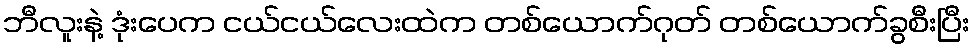
ဘီလူးနဲ့ ဒုံးပေက ငယ်ငယ်လေးထဲက တစ်ယောက်ဂုတ် တစ်ယောက်ခွစီးပြီး